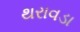
થરાવડા